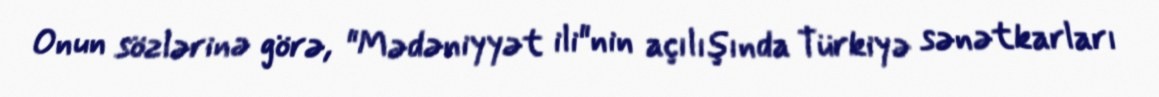
Onun sözlərinə görə, "Mədəniyyət ili"nin açılışında Türkiyə sənətkarları